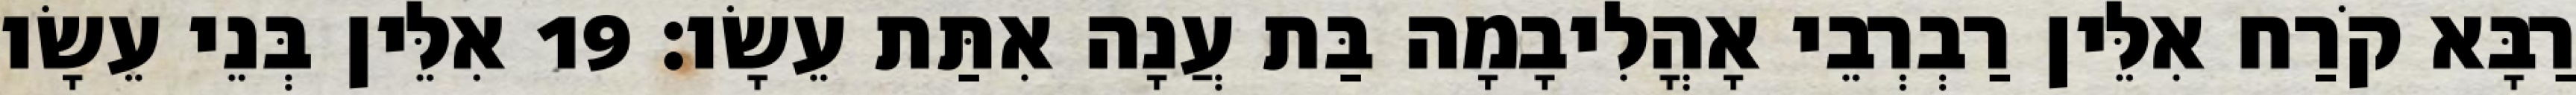
רַבָּא קֹרַח אִלֵּין רַבְרְבֵי אָהֳלִיבָמָה בַּת עֲנָה אִתַּת עֵשָׂו׃ 19 אִלֵּין בְּנֵי עֵשָׂו